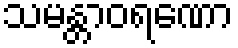
သမန္တာဝရဏော